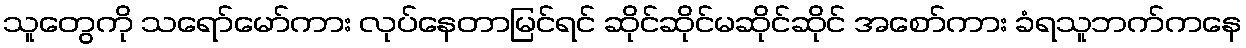
သူတွေကို သရော်မော်ကား လုပ်နေတာမြင်ရင် ဆိုင်ဆိုင်မဆိုင်ဆိုင် အစော်ကား ခံရသူဘက်ကနေ